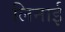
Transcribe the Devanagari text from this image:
लिनाई